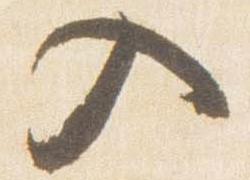
入